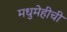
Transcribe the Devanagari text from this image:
मधुमेहीची